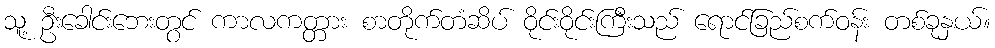
သူ့ ဦးခေါင်းဘေးတွင် ကာလကတ္တား စာတိုက်တံဆိပ် ဝိုင်းဝိုင်းကြီးသည် ရောင်ခြည်စက်ဝန်း တစ်ခုနှယ်။